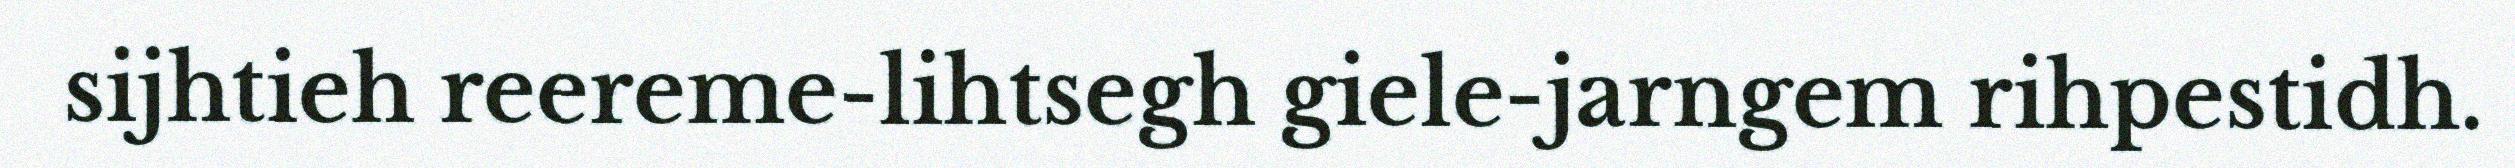
sijhtieh reereme-lihtsegh giele-jarngem rihpestidh.